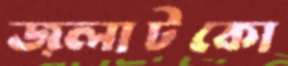
জ্লাটকো